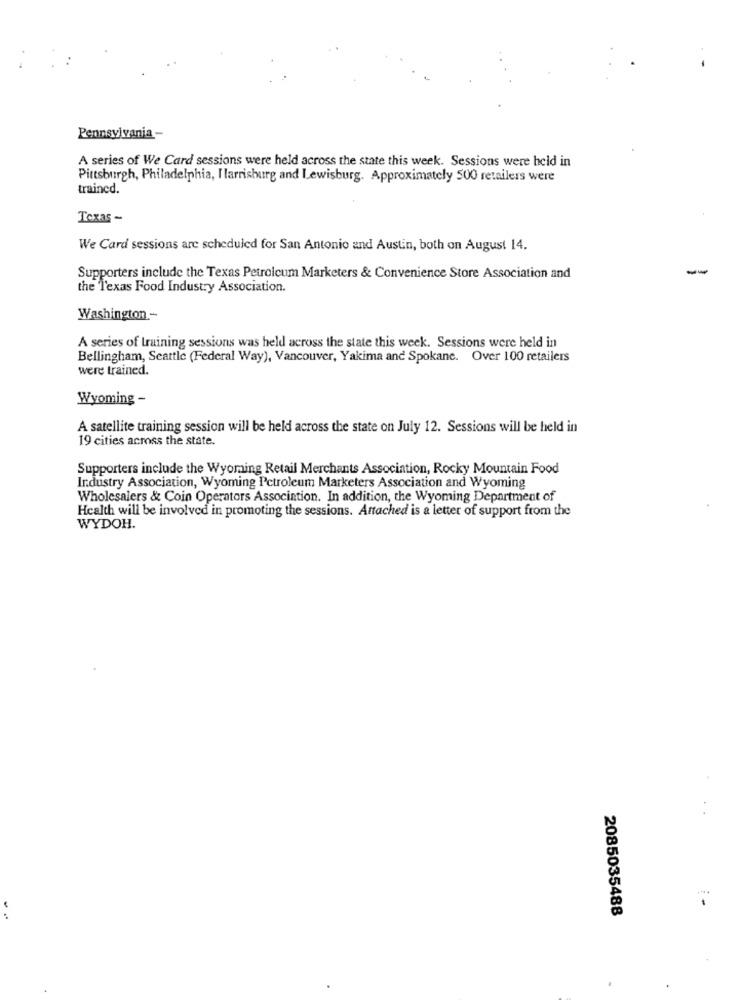
Pennsylvania -
A series of We Card sessions were held across the state this week. Sessions were held in
Pittsburgh, Philadelphia, Harrisburg and Lewisburg. Approximately 500 retailers were
trained.
Texas -
We Card sessions are scheduled for San Antonio and Austin, both on August 14.
-
Supporters include the Texas Petrolcum Marketers & Convenience Store Association and
the Texas Food Industry Association.
Washington -
A series of training sessions was held across the state this week. Sessions were held in
Bellingham, Seattle (Federal Way), Vancouver, Yakima and Spokane. Over 100 retailers
were trained.
Wyoming -
A satellite training session will be held across the state on July 12. Sessions will be held in
19 cities across the state.
Supporters include the Wyoming Retail Merchants Association, Rocky Mountain Food
Industry Association, Wyoming Petroleum Marketers Association and Wyoming
Wholesalers & Coin Operators Association. In addition, the Wyoming Department of
Health will be involved in promoting the sessions. Attached is a letter of support from the
WYDOH.
2085035488
--